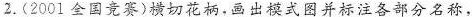
2.（2001全国竞赛）横切花柄，画出模式图并标注各部分名称，